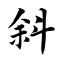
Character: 斜